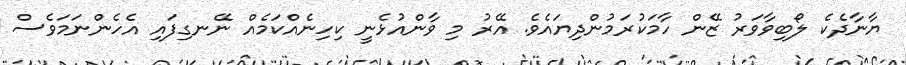
ޔާނާދެކެ ލޯބިވާވަރު ޒޭން ހާމަކުރަމުންދިޔައެވެ. އޭރު މި ވާންއުޅެނީ ކިހިނެއްކަމެއް ނޭނގިފައި އެހެންނަމަވެސް